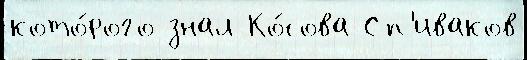
кото́рого знал Ко́сова Сп'иваков